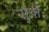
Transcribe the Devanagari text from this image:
सुओ